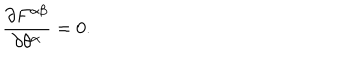
{ \frac { \partial F ^ { \alpha \beta } } { \partial \theta ^ { \alpha } } } = 0 .